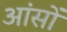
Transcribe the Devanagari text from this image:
आंसों